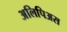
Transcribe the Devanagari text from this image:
अलिपिअस